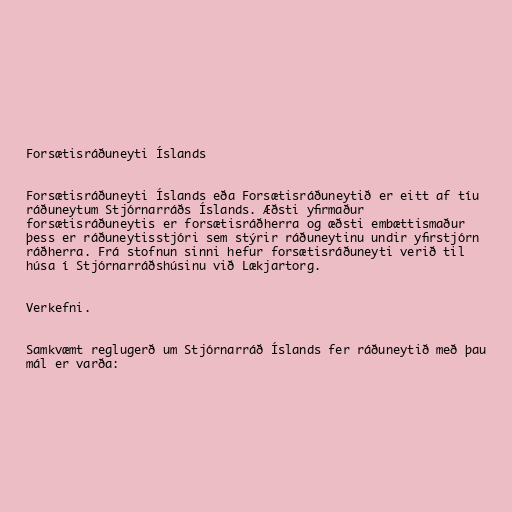
Forsætisráðuneyti Íslands

Forsætisráðuneyti Íslands eða Forsætisráðuneytið er eitt af tíu
ráðuneytum Stjórnarráðs Íslands. Æðsti yfirmaður
forsætisráðuneytis er forsætisráðherra og æðsti embættismaður
þess er ráðuneytisstjóri sem stýrir ráðuneytinu undir yfirstjórn
ráðherra. Frá stofnun sinni hefur forsætisráðuneyti verið til
húsa í Stjórnarráðshúsinu við Lækjartorg.

Verkefni.

Samkvæmt reglugerð um Stjórnarráð Íslands fer ráðuneytið með þau
mál er varða: